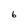
Character: 6